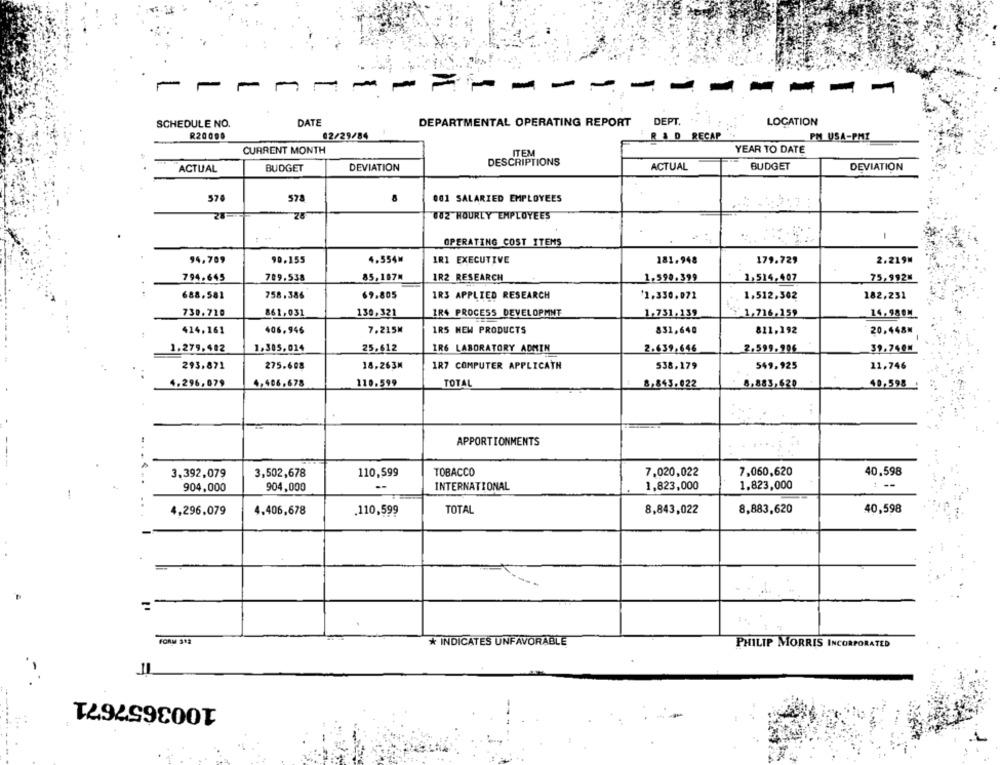
------- -- - --
SCHEDULE NO.
DATE
DEPARTMENTAL OPERATING REPORT DEPT.
LOCATION
R20000
02/29/84
R & D RECAP
PM USA-PMI
CURRENT MONTH
YEAR TO DATE
ITEM
ACTUAL
BUDGET
DEVIATION
DESCRIPTIONS
ACTUAL
BUDGET
DEVIATION
574
578
8
001 SALARIED EMPLOYEES
25
002 HOURLY EMPLOYEES
. :
OPERATING COST ITEMS
94.709
90.155
4.554M
IR1 EXECUTIVE
181.948
179.729
2.219M
1R2 RESEARCH
794.645
709.538
85,187M
1.590 ,399
1,514,407
75,992M
688.581
758.386
69.805
IRS APPLIED RESEARCH
1,330,072
1,512,302
182,231
730.720
861,031
130,321
IR4 PROCESS DEVELOPMNT
1.731,139
1,716,159
14.980M
414.161
406.946
7.215₦
IRS NEW PRODUCTS
831,640
811,192
20,448M
1.279.402
1.305,014
25,612
IR6 LABORATORY ADMIN
2.639,646
2.599.906
39.740M
293.871
275.608
18.263M
1R7 COMPUTER APPLICATH
538,179
549.925
11,746
4.296,079
4.406.678
110.599
TOTAL
8,843.022
8,883,620
40,598
APPORTIONMENTS
3.392,079
3,502,678
110,599
TOBACCO
7,020,022
7,060,620
40,598
904,000
904,000
INTERNATIONAL
1,823,000
1,823,000
4,296.079
4.406,678
.110,599
TOTAL
8,843,022
8,883,620
40,598
FORM 312
* INDICATES UNFAVORABLE
PHILIP MORRIS INCORPORATED
1003657671